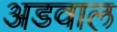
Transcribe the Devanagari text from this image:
अडवाल